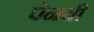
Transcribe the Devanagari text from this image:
पेनची